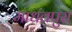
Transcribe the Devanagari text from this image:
माधवपुरा